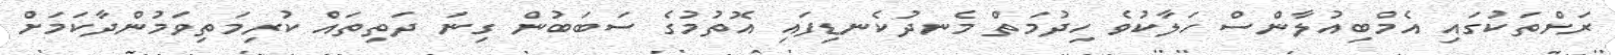
ރަށްތަކުގައި އެމްބިއުލާންސް ހަލާކުވެ ހިދުމަތް މެނދުކެނޑިފައި އޮތުމުގެ ސަބަބުން ގިނަ ދަތިތައް ކުރިމަތިވަމުންދާކަމަށް